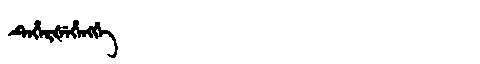
Manchu: ᡨᡝᡥᡝᡵᡧᡝᡥᡝᠩᡤᡝ
Romanization: TEHERŠEHENGGE